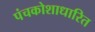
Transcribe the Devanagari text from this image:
पंचकोशाधारित